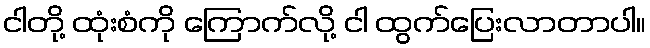
ငါတို့ ထုံးစံကို ကြောက်လို့ ငါ ထွက်ပြေးလာတာပါ။